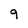
Character: 9